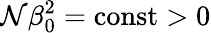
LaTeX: \mathcal{N}\beta_{0}^{2}=\mathrm{{const}}>0